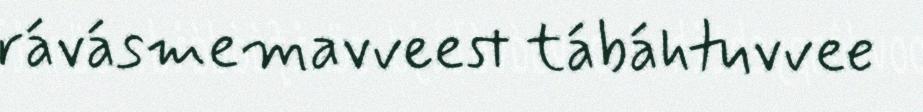
rávásmemavveest tábáhtuvvee